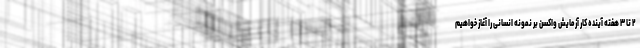
۲ تا ۳ هفته آینده کار آزمایش واکسن بر نمونه انسانی را آغاز خواهیم